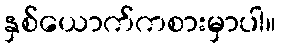
နှစ်ယောက်ကစားမှာပါ။